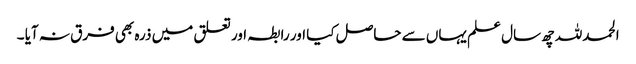
الحمدللہ چھ سال علم یہاں سے حاصل کیا اور رابطہ اور تعلق میں ذرہ بھی فرق نہ آیا ۔